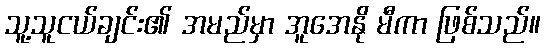
သူ့သူငယ်ချင်း၏ အမည်မှာ အူအေနို မီကာ ဖြစ်သည်။